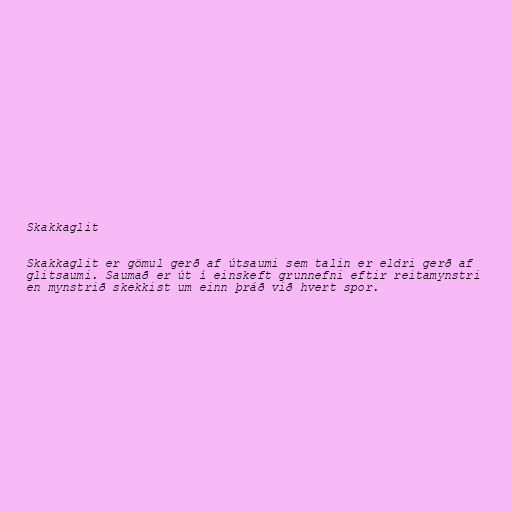
Skakkaglit

Skakkaglit er gömul gerð af útsaumi sem talin er eldri gerð af
glitsaumi. Saumað er út í einskeft grunnefni eftir reitamynstri
en mynstrið skekkist um einn þráð við hvert spor.